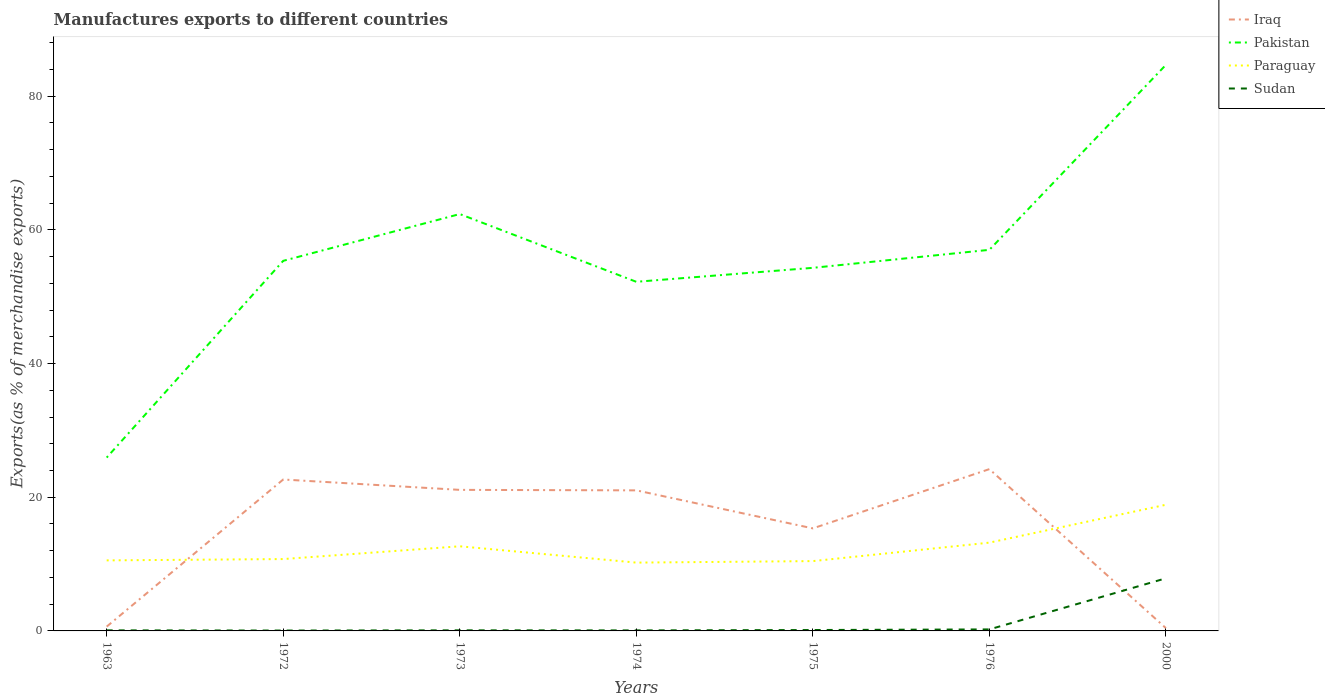
| Years | Iraq | Pakistan | Paraguay | Sudan |
 | --- | --- | --- | --- | --- |
 | 1963 | 0.642 | 25.9 | 10.6 | 0.0859 |
 | 1972 | 22.7 | 55.4 | 10.8 | 0.0575 |
 | 1973 | 21.1 | 62.4 | 12.7 | 0.0887 |
 | 1974 | 21 | 52.2 | 10.2 | 0.079 |
 | 1975 | 15.3 | 54.3 | 10.4 | 0.134 |
 | 1976 | 24.2 | 57 | 13.2 | 0.226 |
 | 2000 | 0.417 | 84.7 | 18.9 | 7.87 |